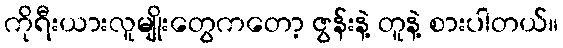
ကိုရီးယားလူမျိုးတွေကတော့ ဇွန်းနဲ့ တူနဲ့ စားပါတယ်။